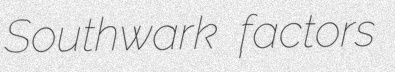
Southwark factors